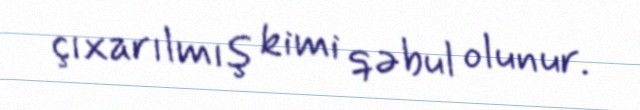
çıxarılmış kimi qəbul olunur.